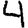
Digit: 4